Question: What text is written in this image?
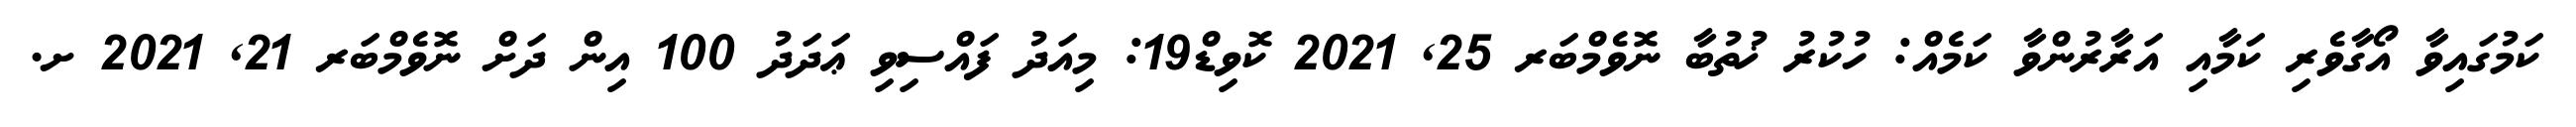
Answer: ކަމުގައިވާ އޯގާވެރި ކަމާއި އަރާރުންވާ ކަމެއް: ހުކުރު ޚުތުބާ ނޮވެމްބަރ 25, 2021 ކޮވިޑް19: މިއަދު ފައްސިވި ޢަދަދު 100 އިން ދަށް ނޮވެމްބަރ 21, 2021 ށ.